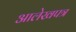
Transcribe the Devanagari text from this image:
आलेखपत्र